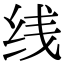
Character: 线